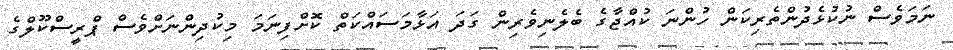
ނަމަވެސް ނުކުޅެދުންތެރިކަން ހުންނަ ކުއްޖާގެ ބެލެނިވެރިން ގަދަ އަޅާމަސައްކަތް ކޮށްފިނަމަ މިކުދިންނަށްވެސް ޕްރީސްކޫލްގެ